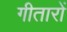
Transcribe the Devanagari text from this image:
गीतारों